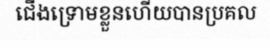
ជើងទ្រោមខ្លួនហើយបានប្រគល